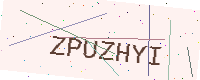
Text: ZPUZHYI